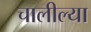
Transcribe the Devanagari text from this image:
चालील्या